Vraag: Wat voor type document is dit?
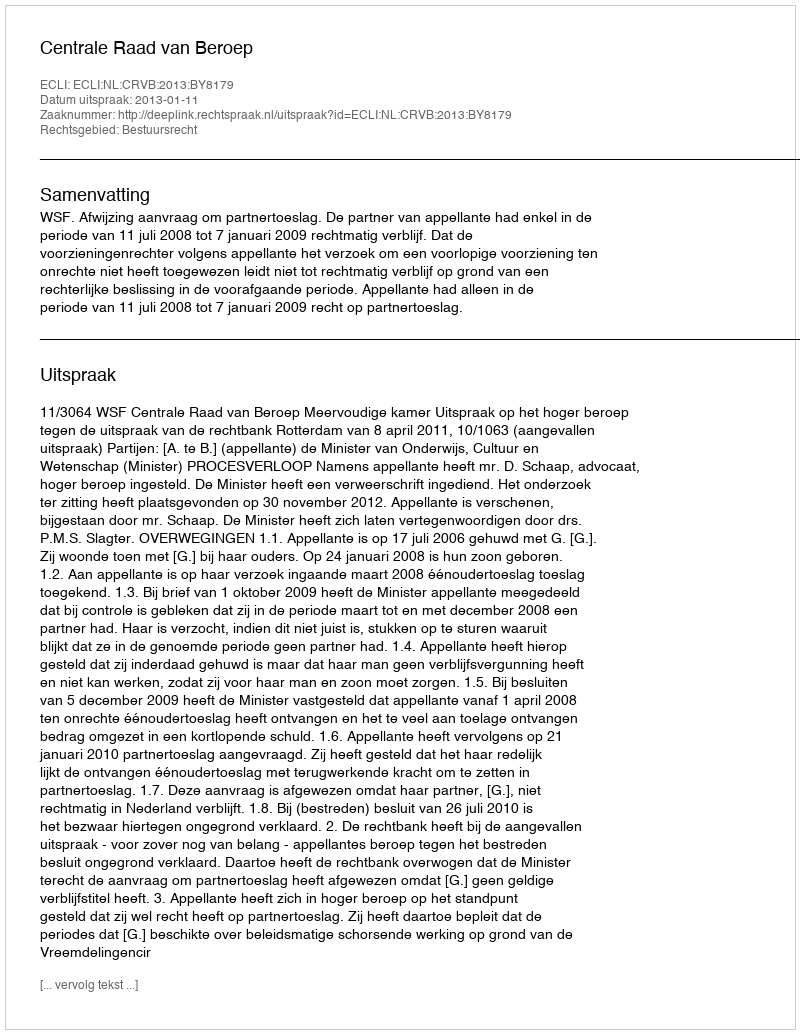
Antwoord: Uitspraak